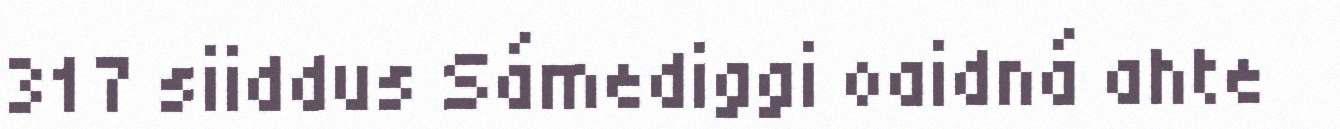
317 siiddus Sámediggi oaidná ahte